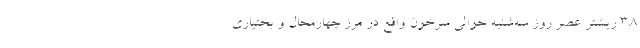
۳.۸ ریشتر عصر روز سه‌شنبه حوالی سرخون‌ واقع در مرز چهارمحال‌ و بختیاری